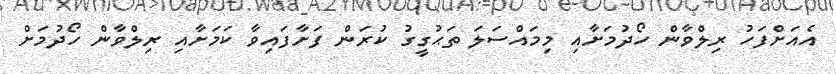
އެއަށްފަހު ރިލްވާން ހޯދުމަށާއި މިމައްސަލަ ތަޙުގީގު ކުރަން ފަށާފައިވާ ކަމަށާއި ރިލްވާން ހޯދުމަށް